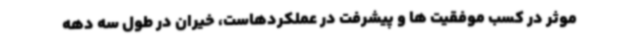
موثر در کسب موفقیت ها و پیشرفت در عملکردهاست، خیران در طول سه دهه